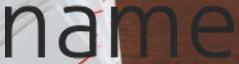
name